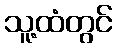
သူ့ထံတွင်